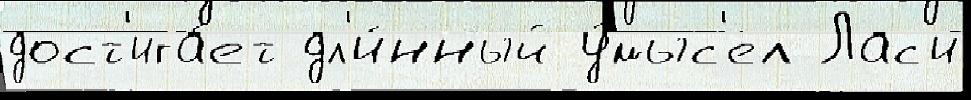
дост'ига́ет дл'и́нный у́мыс'ел Лас'и